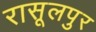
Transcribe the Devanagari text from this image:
रासूलपुर